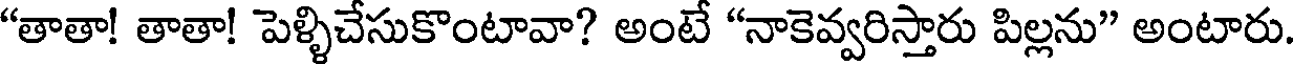
"తాతా! తాతా! పెళ్ళిచేసుకొంటావా? అంటే "నాకెవ్వరిస్తారు పిల్లను" అంటారు.